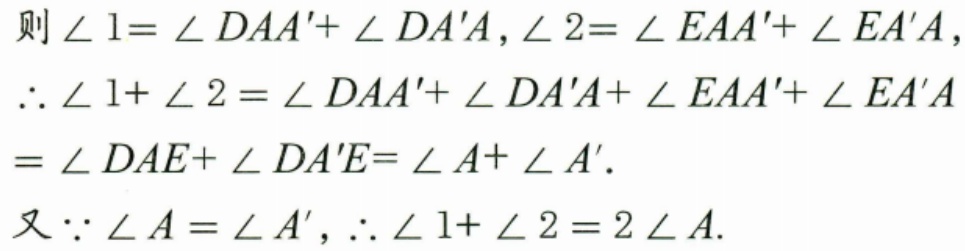
则$\angle 1 = \angle DAA' + \angle DA'A$, $\angle 2 = \angle EAA' + \angle EA'A$,
$\therefore \angle 1+\angle 2 = \angle DAA' + \angle DA'A+\angle EAA' + \angle EA'A$
$= \angle DAE+\angle DA'E=\angle A+\angle A'$.
又$\because \angle A = \angle A'$, $\therefore \angle 1+\angle 2 = 2\angle A$.